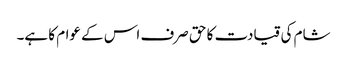
شام کی قیادت کا حق صرف اس کے عوام کا ہے۔